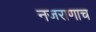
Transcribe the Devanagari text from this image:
नजराणाच